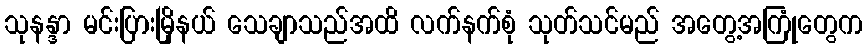
သုနန္ဒာ မင်းပြားမြိုနယ် သေချာသည်အထိ လက်နက်စုံ သုတ်သင်မည် အတွေ့အကြုံတွေက